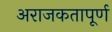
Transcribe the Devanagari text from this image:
अराजकतापूर्ण